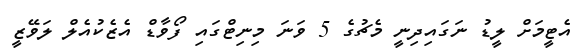
އެޓީމަށް ލީޑު ނަގައިދިނީ މެެޗުގެ 5 ވަނަ މިނިޓްގައި ފޯވާޑް އެޒެކުއެލް ލަވޭޒީ